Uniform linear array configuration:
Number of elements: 16
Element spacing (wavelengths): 0.25
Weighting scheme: binomial
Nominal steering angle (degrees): -30
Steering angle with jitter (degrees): -29.808
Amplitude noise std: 0.05
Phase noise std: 0.05

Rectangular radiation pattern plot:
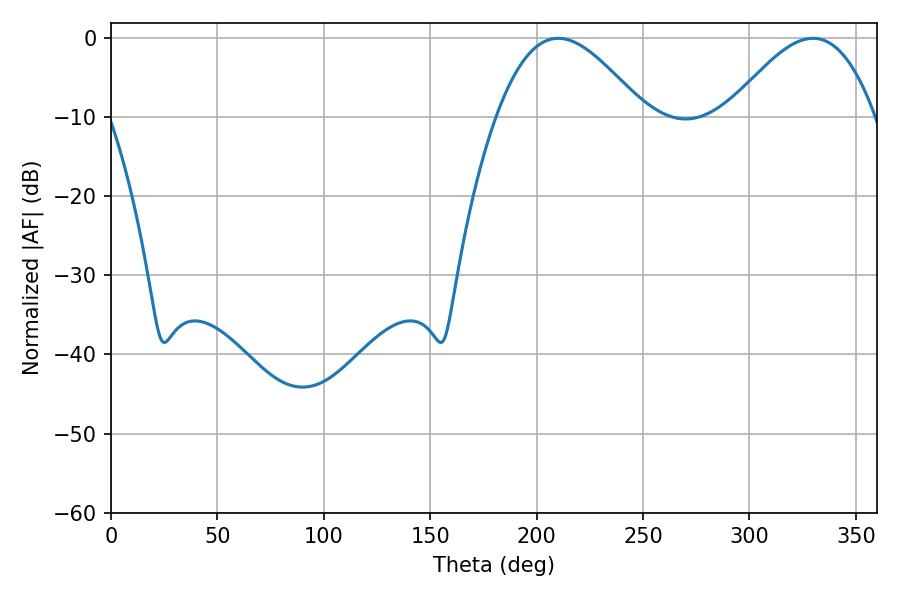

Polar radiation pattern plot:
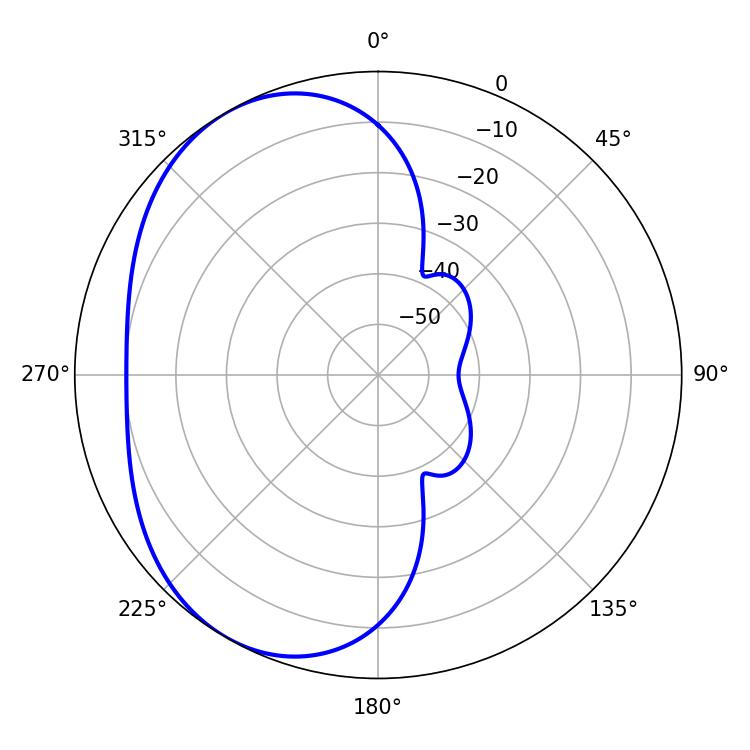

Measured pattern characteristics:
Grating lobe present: FALSE
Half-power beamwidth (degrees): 37.26
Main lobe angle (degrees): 210.24